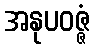
အနုပဝဇ္ဇံ